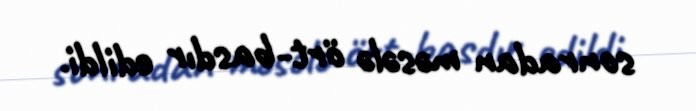
sonradan məsələ ört-basdır edildi.